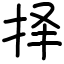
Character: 择